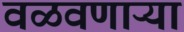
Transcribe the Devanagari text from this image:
वळवणाऱ्या